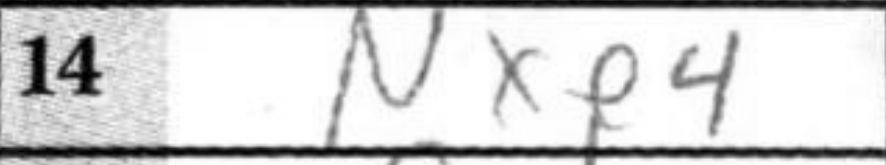
Transcription: Nxe4